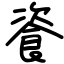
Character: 餈